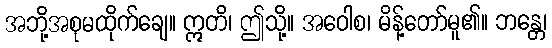
အဘို့အစုမထိုက်ချေ။ ဣတိ၊ ဤသို့။ အဝေါစ၊ မိန့်တော်မူ၏။ ဘန္တေ၊